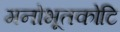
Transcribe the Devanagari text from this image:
मनोभूतकोटि